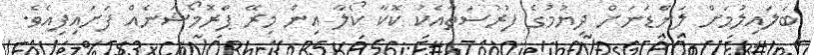
ބަލައިލުމަށް ލަންޑަނަށް ދިޔުމުގެ ފުރުސަތާއެކު ކޮކާ ކޯލާ އިން މިރޭ ޕްރޮމޯޝަނެއް ފަށައިފިއެވެ.